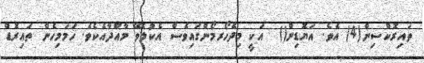
ތައިރޮކްސިން(4) އެވެ. އަޔޮޑިން()  އަކީ މިދެހޯރމޯންގައިވެސް އެކުލެވޭ މާއްދާއެކެވެ. ހަމަމިހެން ތައިރޮޑް